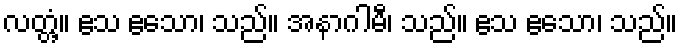
လတ္တံ့။ ဧသ ဧသော၊ သည်။ အနာဂါမီ၊ သည်။ ဧသ ဧသော၊ သည်။